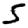
Digit: 5